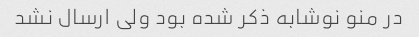
در منو نوشابه ذکر شده بود ولی ارسال نشد